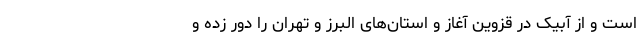
است و از آبیک در قزوین آغاز و استان‌های البرز و تهران را دور زده و